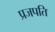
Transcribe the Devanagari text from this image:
प्रजपति